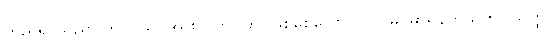
တည်ရာသည်။ တဝ၊ သင်အား။ (ဘဝတု၊ ဖြစ်စေလော။) ပါပိမ၊ မာရ်နတ်ယုတ်။ ယတ္ထ